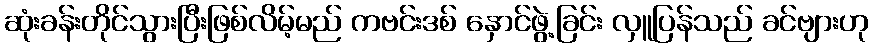
ဆုံးခန်းတိုင်သွားပြီးဖြစ်လိမ့်မည် ကဗင်းဒစ် နှောင်ဖွဲ့ခြင်း လှူပြန်သည် ခင်ဗျားဟု